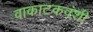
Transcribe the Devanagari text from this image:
वाकाटकवंशी